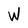
Character: W